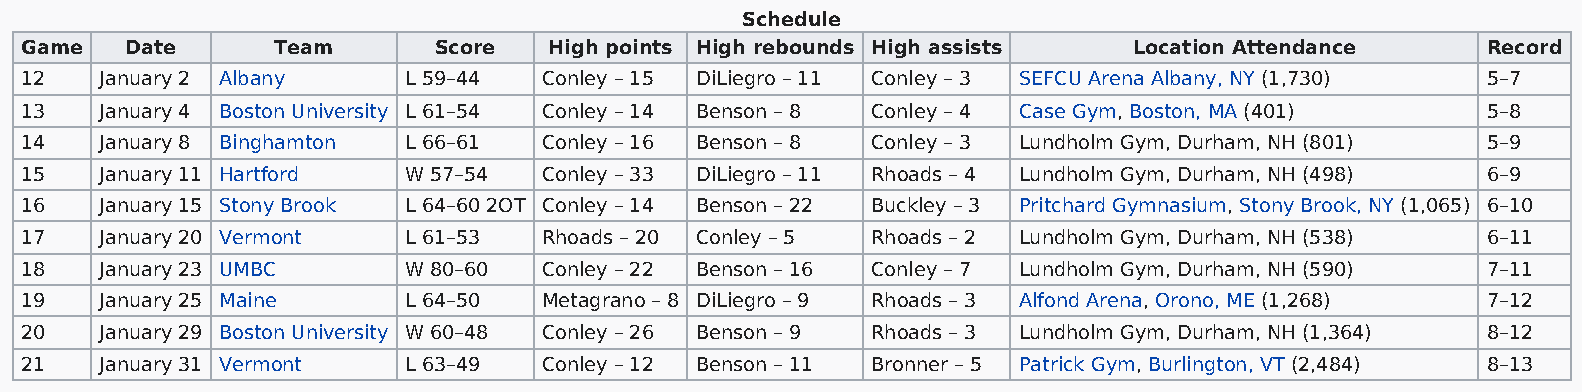
Schedule
 Game   Date      Team       Score  High points High rebounds High assists Location Attendance    Record
 12    January 2 Albany    L 59–44  Conley – 15 DiLiegro – 11 Conley – 3 SEFCU Arena Albany, NY (1,730) 5–7
 13    January 4 Boston University L 61–54 Conley – 14 Benson – 8 Conley – 4 Case Gym, Boston, MA (401) 5–8
 14    January 8 Binghamton L 66–61 Conley – 16 Benson – 8 Conley – 3 Lundholm Gym, Durham, NH (801) 5–9
 15    January 11 Hartford W 57–54  Conley – 33 DiLiegro – 11 Rhoads – 4 Lundholm Gym, Durham, NH (498) 6–9
 16    January 15 Stony Brook L 64–60 2OT Conley – 14 Benson – 22 Buckley – 3 Pritchard Gymnasium, Stony Brook, NY (1,065) 6–10
 17    January 20 Vermont  L 61–53  Rhoads – 20 Conley – 5 Rhoads – 2 Lundholm Gym, Durham, NH (538) 6–11
 18    January 23 UMBC     W 80–60  Conley – 22 Benson – 16 Conley – 7 Lundholm Gym, Durham, NH (590) 7–11
 19    January 25 Maine    L 64–50  Metagrano – 8 DiLiegro – 9 Rhoads – 3 Alfond Arena, Orono, ME (1,268) 7–12
 20    January 29 Boston University W 60–48 Conley – 26 Benson – 9 Rhoads – 3 Lundholm Gym, Durham, NH (1,364) 8–12
 21    January 31 Vermont  L 63–49  Conley – 12 Benson – 11 Bronner – 5 Patrick Gym, Burlington, VT (2,484) 8–13